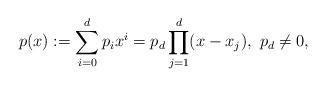
LaTeX: \begin{align*}p(x):=\sum_{i=0}^dp_ix^i=p_d\prod_{j=1}^d(x-x_j),~p_d\neq 0,\end{align*}